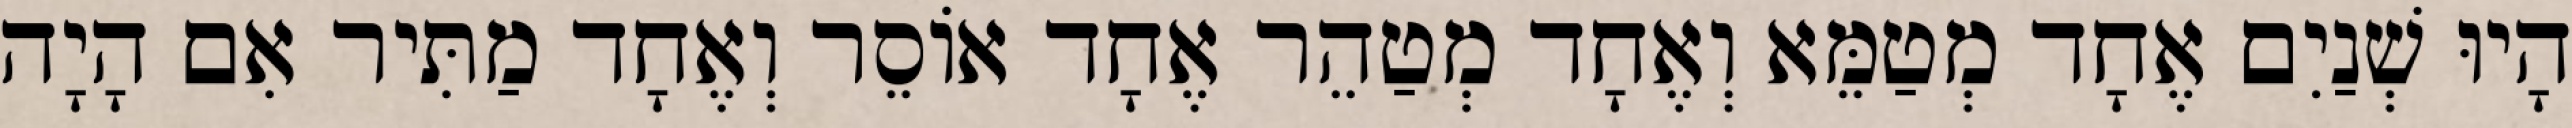
הָיוּ שְׁנַיִם אֶחָד מְטַמֵּא וְאֶחָד מְטַהֵר אֶחָד אוֹסֵר וְאֶחָד מַתִּיר אִם הָיָה